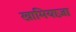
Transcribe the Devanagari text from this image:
खामियाज़ा